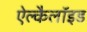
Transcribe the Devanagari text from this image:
ऐल्कैलॉइड